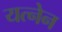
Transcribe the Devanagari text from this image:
यत्नेन